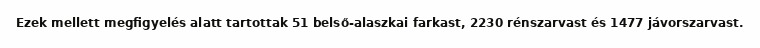
Ezek mellett megfigyelés alatt tartottak 51 belső-alaszkai farkast, 2230 rénszarvast és 1477 jávorszarvast.